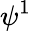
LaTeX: \psi^{1}